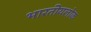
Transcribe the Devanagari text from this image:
भारतीयलोक